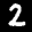
Label: 2